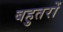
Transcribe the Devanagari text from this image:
बहुतरों